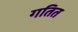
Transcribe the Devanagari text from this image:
गतित